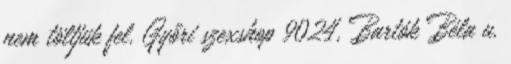
nem töltjük fel. Győri szexshop 9024, Bartók Béla u.